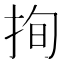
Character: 㧦